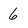
Character: 6